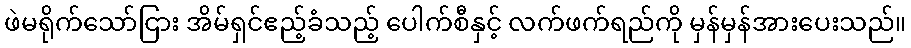
ဖဲမရိုက်သော်ငြား အိမ်ရှင်ဧည့်ခံသည့် ပေါက်စီနှင့် လက်ဖက်ရည်ကို မှန်မှန်အားပေးသည်။